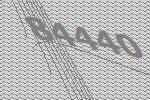
84440